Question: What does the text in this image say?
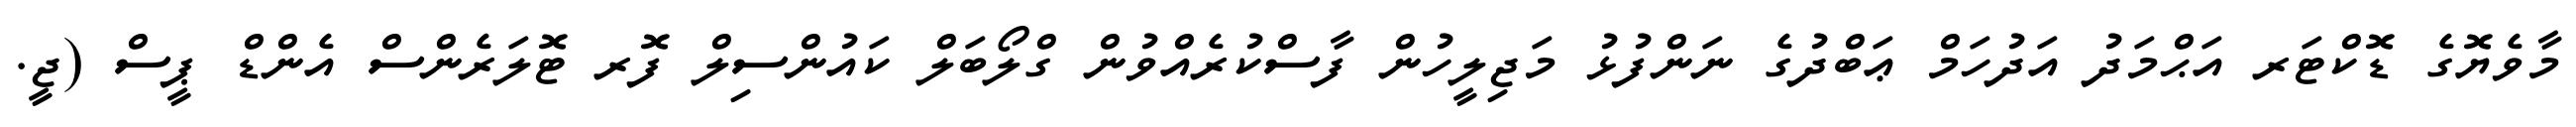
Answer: މާވެޔޮގެ ޑޮކްޓަރ އަޙްމަދު އަދުހަމް ޢަބްދުގެ ނަންފުޅު މަޖިލީހުން ފާސްކުރެއްވުން ގްލޯބަލް ކައުންސިލް ފޮރ ޓޮލަރެންސް އެންޑް ޕީސް (ޖީ.